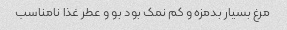
مرغ بسیار بدمزه و کم نمک بود بو و عطر غذا نامناسب